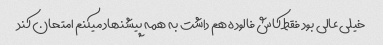
خیلی عالی بود فقط کاش فالوده هم داشت به همه پیشنهاد میکنم امتحان کند